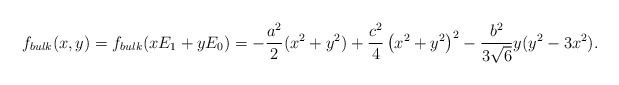
\begin{align*}f_{bulk}(x,y) = f_{bulk}(xE_1 + yE_0) = -\frac{a^2}{2}(x^2 + y^2)+\frac{c^2}{4}\left(x^2+y^2\right)^2 -\frac{b^2}{3 \sqrt{6}}y(y^2 -3x^2).\end{align*}